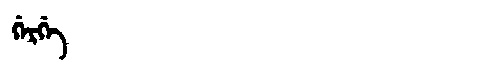
Manchu: ᡤᡝᡵᡤᡝ
Romanization: GERGE